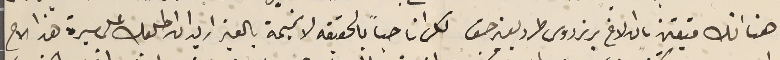
هنا انك متيقن بان الاخ برنردوس طرد بغير حق لكن انا حباً بالحقيقه لا نميمة بالغير اريد ان اطلعك على سيرة هذا الاخ